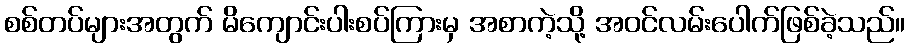
စစ်တပ်များအတွက် မိကျောင်းပါးစပ်ကြားမှ အစာကဲ့သို့ အဝင်လမ်းပေါက်ဖြစ်ခဲ့သည်။